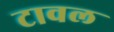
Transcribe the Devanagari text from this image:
टावल